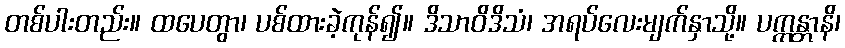
တစ်ပါးတည်း။ ထပေတွာ၊ ပစ်ထားခဲ့ကုန်၍။ ဒိသာဝိဒိသံ၊ အရပ်လေးမျက်နှာသို့။ ပက္ကန္တာနိ၊